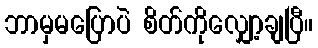
ဘာမှမပြောပဲ စိတ်ကိုလျှော့ချပြီ။